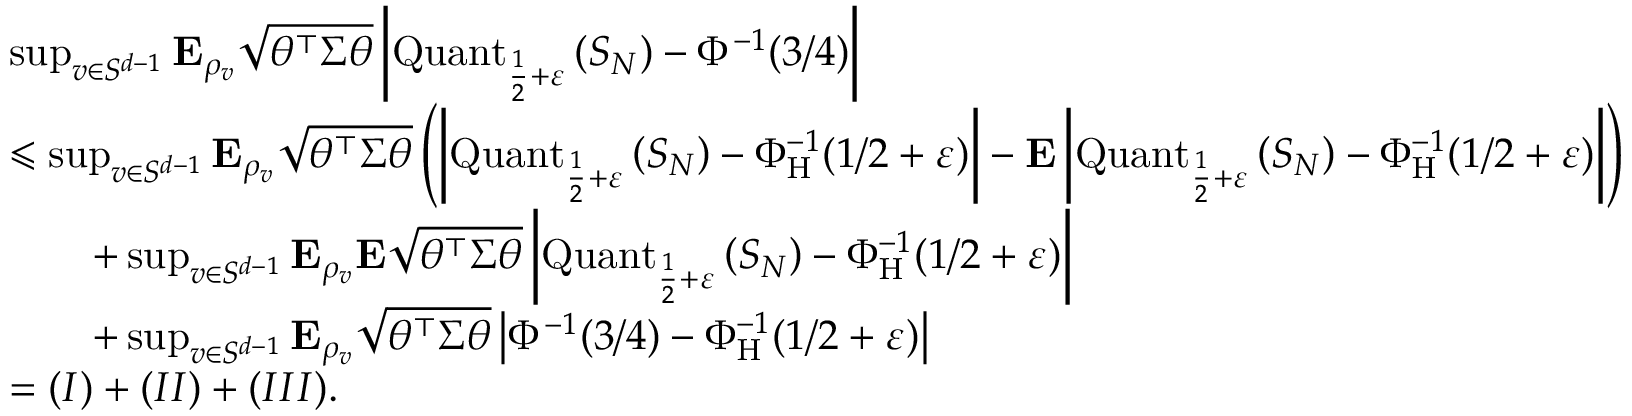
\begin{array} { r l } & { \operatorname* { s u p } _ { v \in S ^ { d - 1 } } { \mathbf E } _ { \rho _ { v } } \sqrt { \theta ^ { \top } \Sigma \theta } \left| \operatorname { Q u a n t } _ { \frac { 1 } { 2 } + \varepsilon } \left( S _ { N } \right) - \Phi ^ { - 1 } ( 3 / 4 ) \right| } \\ & { \leqslant \operatorname* { s u p } _ { v \in S ^ { d - 1 } } { \mathbf E } _ { \rho _ { v } } \sqrt { \theta ^ { \top } \Sigma \theta } \left( \left| \operatorname { Q u a n t } _ { \frac { 1 } { 2 } + \varepsilon } \left( S _ { N } \right) - \Phi _ { \operatorname { H } } ^ { - 1 } ( 1 / 2 + \varepsilon ) \right| - { \mathbf E } \left| \operatorname { Q u a n t } _ { \frac { 1 } { 2 } + \varepsilon } \left( S _ { N } \right) - \Phi _ { \operatorname { H } } ^ { - 1 } ( 1 / 2 + \varepsilon ) \right| \right) } \\ & { \qquad + \operatorname* { s u p } _ { v \in S ^ { d - 1 } } { \mathbf E } _ { \rho _ { v } } { \mathbf E } \sqrt { \theta ^ { \top } \Sigma \theta } \left| \operatorname { Q u a n t } _ { \frac { 1 } { 2 } + \varepsilon } \left( S _ { N } \right) - \Phi _ { \operatorname { H } } ^ { - 1 } ( 1 / 2 + \varepsilon ) \right| } \\ & { \qquad + \operatorname* { s u p } _ { v \in S ^ { d - 1 } } { \mathbf E } _ { \rho _ { v } } \sqrt { \theta ^ { \top } \Sigma \theta } \left| \Phi ^ { - 1 } ( 3 / 4 ) - \Phi _ { \operatorname { H } } ^ { - 1 } ( 1 / 2 + \varepsilon ) \right| } \\ & { = ( I ) + ( I I ) + ( I I I ) . } \end{array}